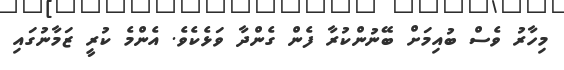
މިހާރު ވެސް ބުއިމަށް ބޭނުންކުރާ ފެން ގެންދާ ވަޅެކެވެ. އެންމެ ކުރީ ޒަމާނުގައި